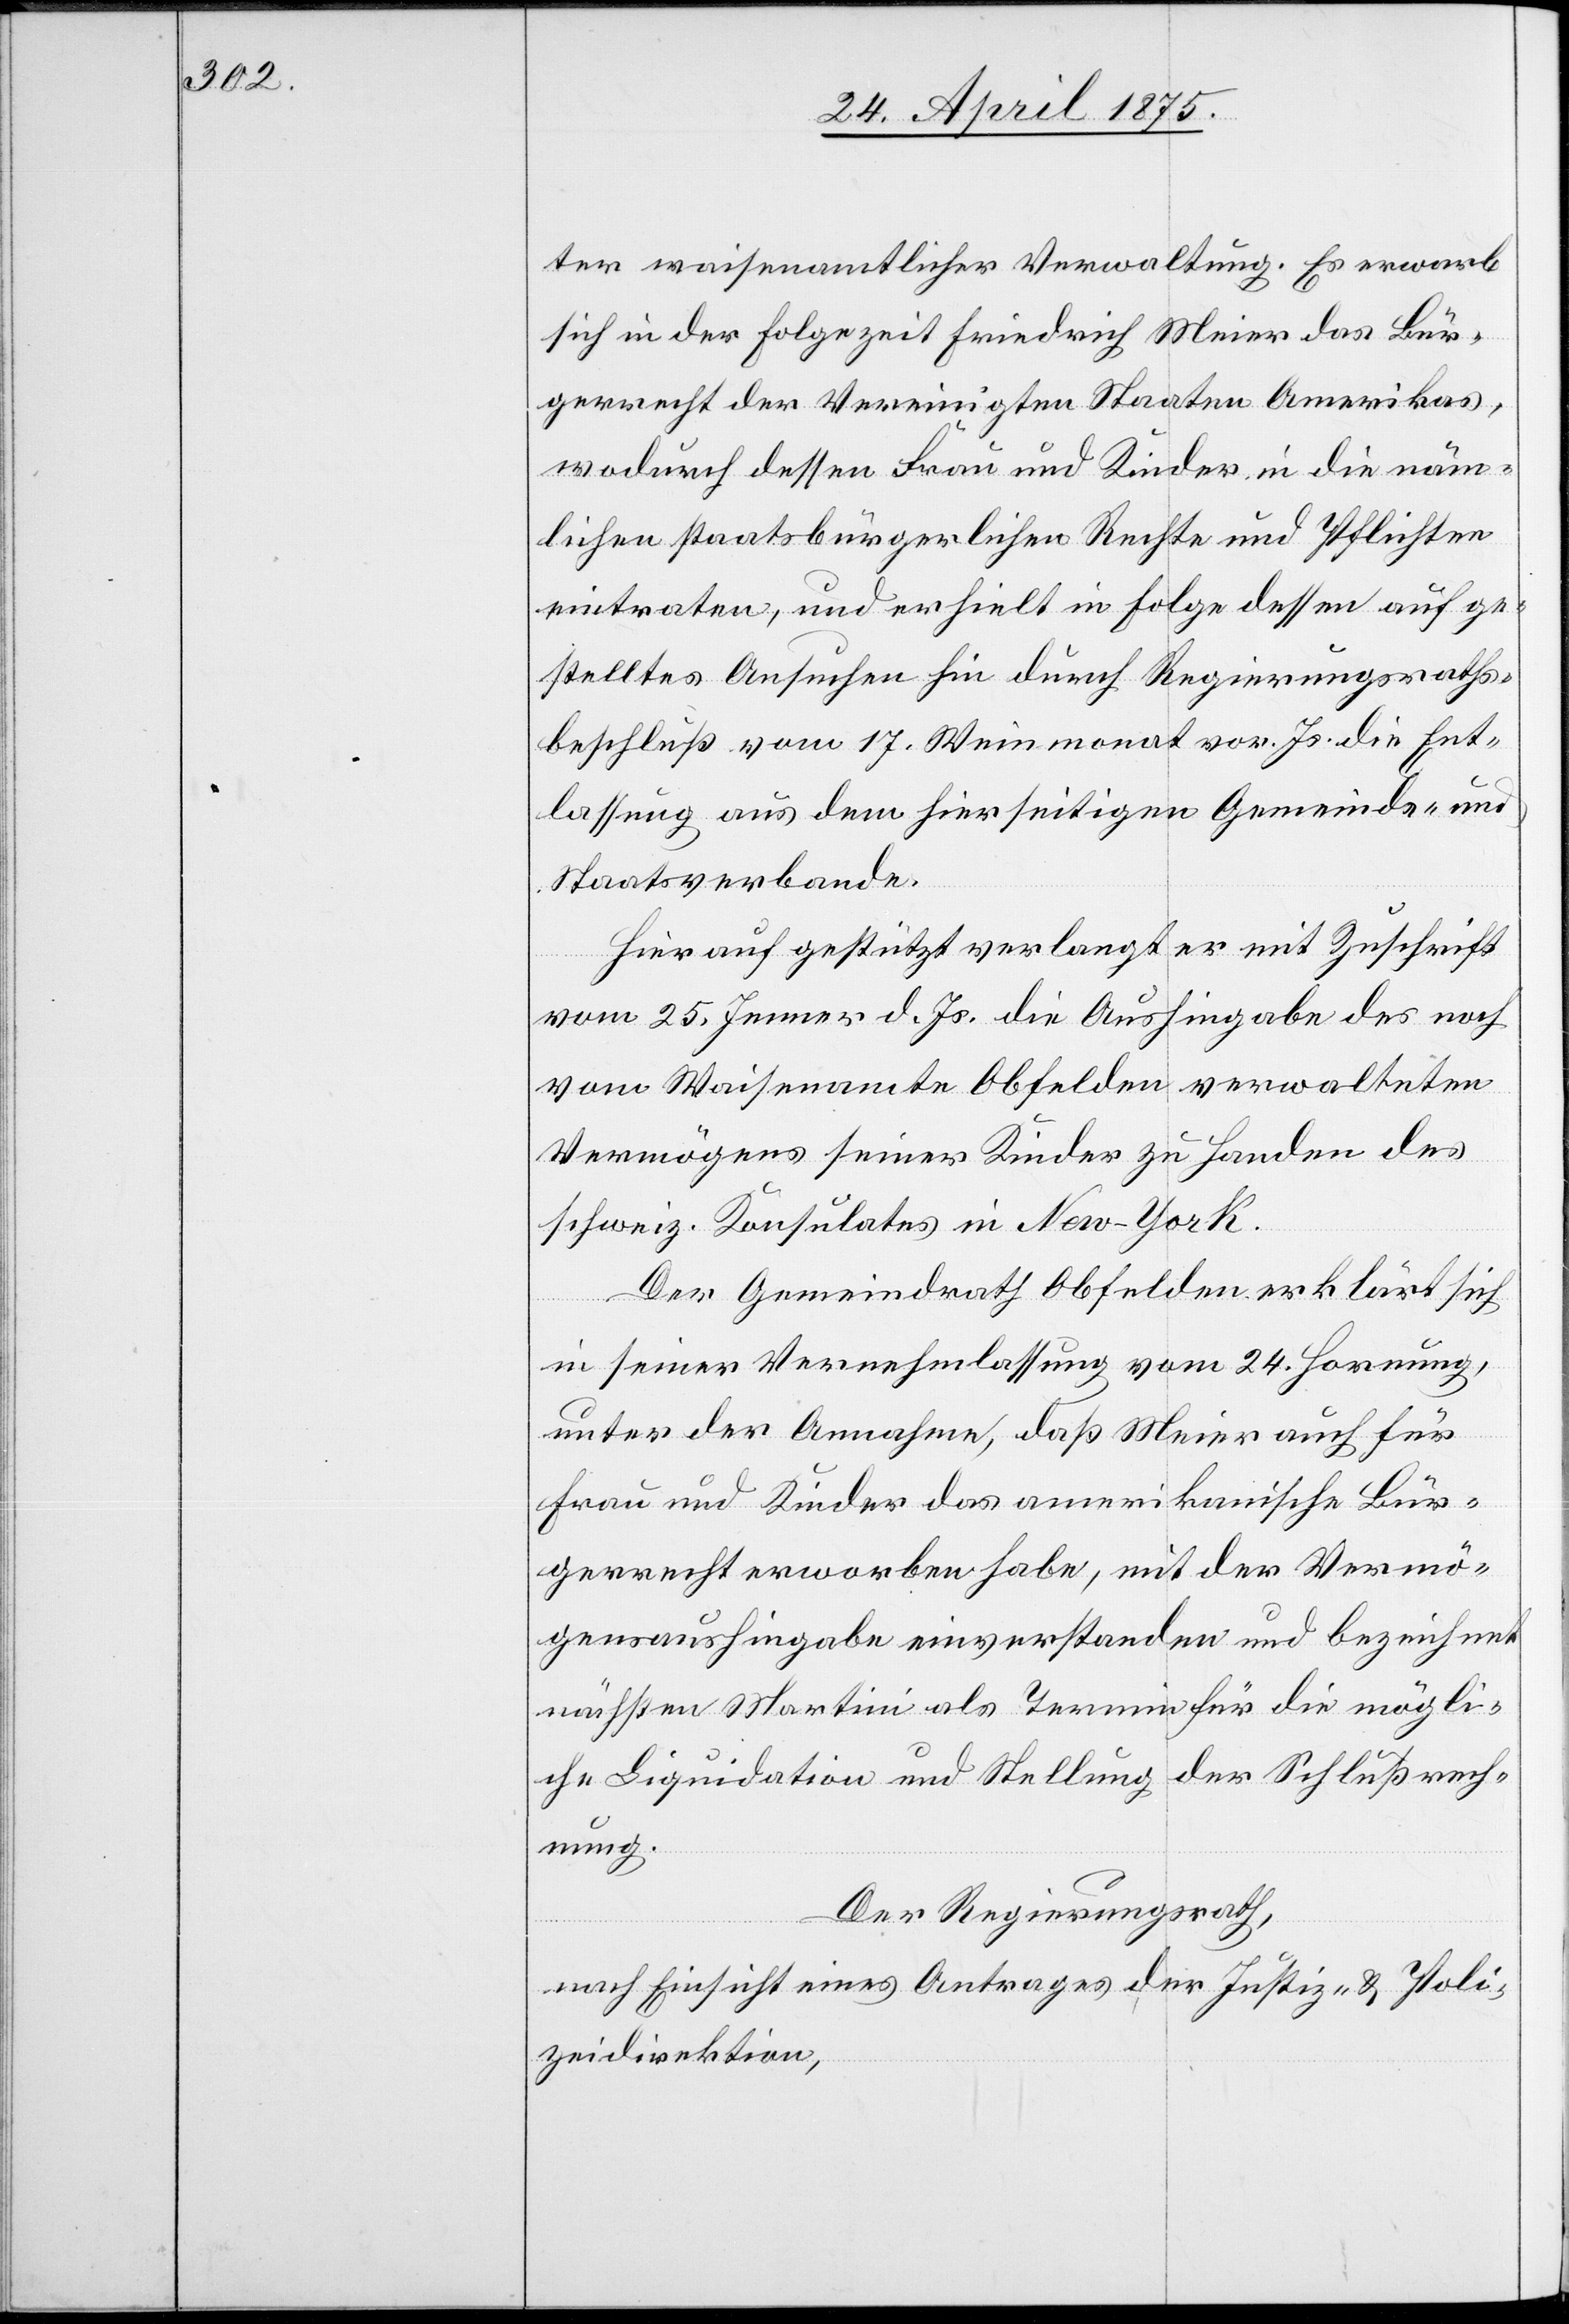
ter waisenamtlicher Verwaltung. Es erwarb
sich in der Folgezeit Friedrich Meier das Bür¬
gerrecht der Vereinigten Staaten Amerikas,
wodurch dessen Frau und Kinder in die näm¬
lichen staatsbürgerlichen Rechte und Pflichten
eintreten, und erhielt in Folge dessen auf ge¬
stelltes Ansuchen hin durch Regierungsraths¬
beschluß vom 17. Weinmonat vor. Js. die Ent¬
lassung aus dem hierseitigen Gemeinde- und
Staatsverbande.
er mit Zuschrift
Hierauf gestützt verlangt
vom 25. Jenner d. Js die Aushingabe des noch
vom Waisenamte Obfelden verwalteten
Vermögens seiner Kinder zu Handen des
schweiz. Konsulats in New-York.
Der Gemeindrath Obfelden erklärt sich
in seiner Vernehmlassung vom 24. Hornung,
unter der Annahme, daß Meier auch für
Frau und Kinder das amerikanische Bür¬
gerrecht erworben habe, mit der Vermö¬
gensaushingabe einverstanden und bezeichnet
nächsten Martini als Termin für die mögli¬
che Liquidation und Stellung der Schlußrech¬
nung.
Der Regierungsrath,
nach Einsicht eines Antrages der Justiz- & Poli¬
zeidirektion,